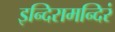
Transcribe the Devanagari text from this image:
इन्दिरामन्दिरं